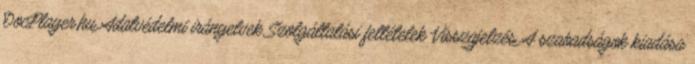
DocPlayer.hu Adatvédelmi irányelvek Szolgáltatási feltételek Visszajelzés A szabadságok kiadása